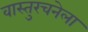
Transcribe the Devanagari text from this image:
वास्तुरचनेला